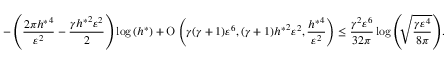
- \left( \frac { 2 \pi { h ^ { \ast } } ^ { 4 } } { \varepsilon ^ { 2 } } - \frac { \gamma { h ^ { \ast } } ^ { 2 } \varepsilon ^ { 2 } } { 2 } \right) \log { ( h ^ { \ast } ) } + \ensuremath { \operatorname { O } \left( \gamma ( \gamma + 1 ) \varepsilon ^ { 6 } , ( \gamma + 1 ) { h ^ { \ast } } ^ { 2 } \varepsilon ^ { 2 } , \frac { { h ^ { \ast } } ^ { 4 } } { \varepsilon ^ { 2 } } \right) } \leq \frac { \gamma ^ { 2 } \varepsilon ^ { 6 } } { 3 2 \pi } \log { \left( \sqrt [ ] { \frac { \gamma \varepsilon ^ { 4 } } { 8 \pi } } \right) } .